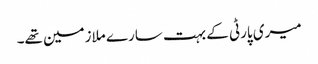
میری پارٹی کے بہت سارے ملازمین تھے۔